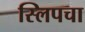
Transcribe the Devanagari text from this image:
स्लिपचा